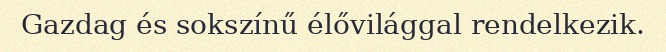
Gazdag és sokszínű élővilággal rendelkezik.